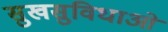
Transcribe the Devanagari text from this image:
सुखसुविधाओं